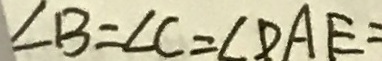
\angle B = \angle C = \angle D A E =